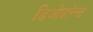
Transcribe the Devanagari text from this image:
डिओडरेन्ट